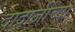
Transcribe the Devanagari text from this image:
दादाजींच्या